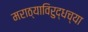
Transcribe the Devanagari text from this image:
मराठ्याविरुद्धच्या